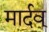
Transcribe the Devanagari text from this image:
मार्दव्